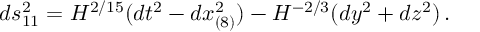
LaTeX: d s _ { 1 1 } ^ { 2 } = H ^ { 2 / 1 5 } ( d t ^ { 2 } - d x _ { ( 8 ) } ^ { 2 } ) - H ^ { - 2 / 3 } ( d y ^ { 2 } + d z ^ { 2 } ) \, .